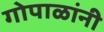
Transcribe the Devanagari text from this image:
गोपाळांनी